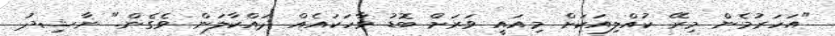
"އަހަރުމެން މިރޭ ކުއްލިއަކަށް މިއައީ ވަރަށް ބޮޑު ވާހަކައެއް ދައްކާލަން ވެގެން." ނާޝިދު